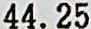
44.25